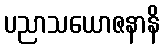
ပညာသယောဇနာနိ